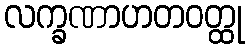
လက္ခဏာဟတဝတ္ထု